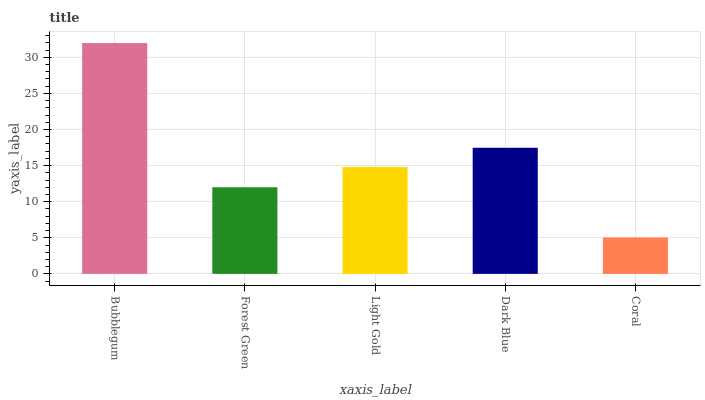
| xaxis_label | bars |
 | --- | --- |
 | Bubblegum | 32 |
 | Forest Green | 12 |
 | Light Gold | 14.8 |
 | Dark Blue | 17.5 |
 | Coral | 5.05 |